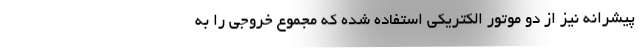
پیشرانه نیز از دو موتور الکتریکی استفاده شده که مجموع خروجی را به